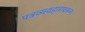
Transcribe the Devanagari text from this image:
पत्रव्यवहारावरून